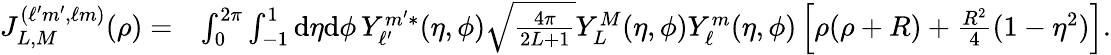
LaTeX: \begin{array}{rl}{J_{L,M}^{(\ell^{\prime}m^{\prime},\ell m)}(\rho)=}&{\int_{0}^{2\pi}\int_{-1}^{1}\mathrm{d}\eta\mathrm{d}\phi\, Y_{\ell^{\prime}}^{m^{\prime}*}(\eta,\phi)\sqrt{\frac{4\pi}{2L+1}}Y_{L}^{M}(\eta,\phi)Y_{\ell}^{m}(\eta,\phi)\left[\rho(\rho+R)+\frac{R^{2}}{4}(1-\eta^{2})\right].}\end{array}